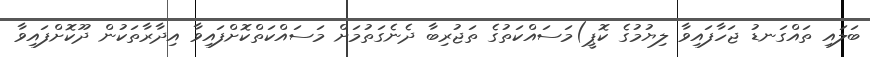
ބަލައި ތައްގަނޑު ޖަހާފައިވާ ލިޔުމުގެ ކޮޕީ)މަސައްކަތުގެ ތަޖުރިބާ ދެނެގަތުމަށް މަސައްކަތްކޮށްފައިވާ އިދާރާތަކުން ދޫކޮށްފައިވާ